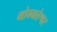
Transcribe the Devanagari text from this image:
गोम्मतेश्वर